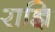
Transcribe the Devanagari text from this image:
राज्ञि